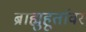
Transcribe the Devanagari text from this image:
ब्राह्मुहूर्तावर